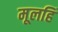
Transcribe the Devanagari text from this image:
मूलहिं